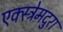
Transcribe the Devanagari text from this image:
एक्स्त्रेमदुरा